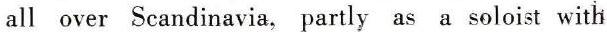
all over Scandinavia, partly as a soloist with